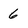
Character: 6